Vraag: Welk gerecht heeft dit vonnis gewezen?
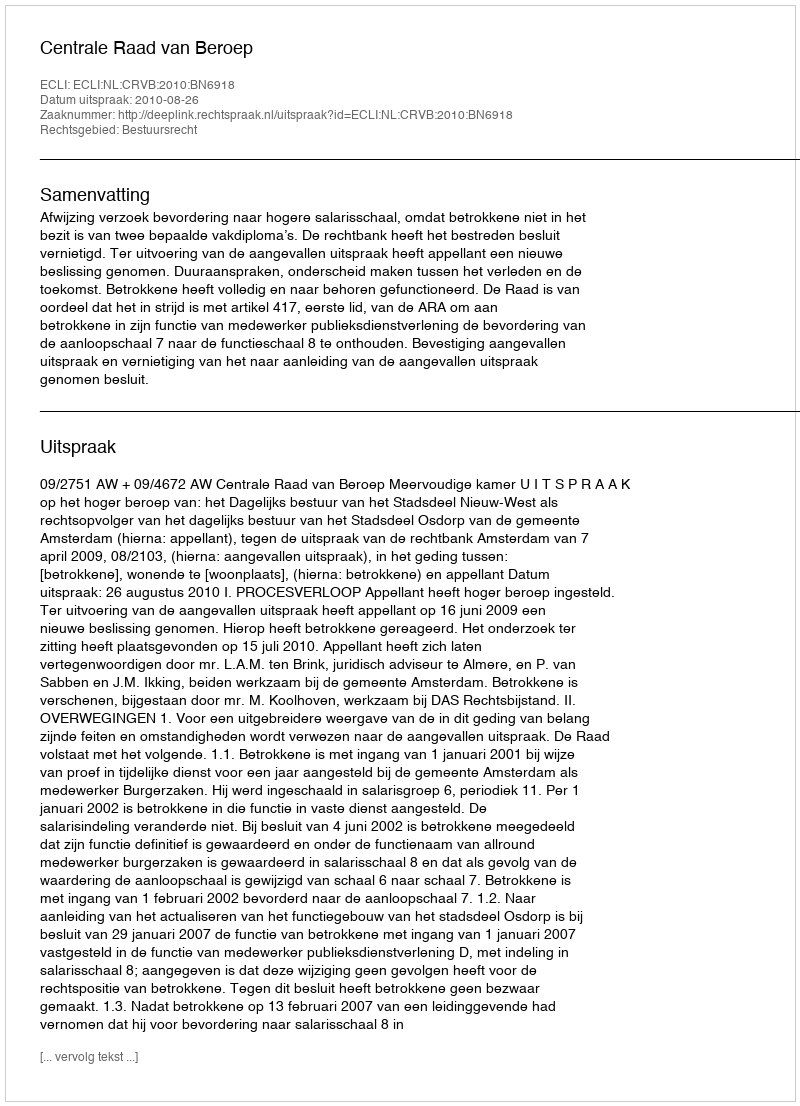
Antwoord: Centrale Raad van Beroep